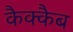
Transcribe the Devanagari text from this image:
कैक्कैब